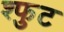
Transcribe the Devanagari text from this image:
श्फुट